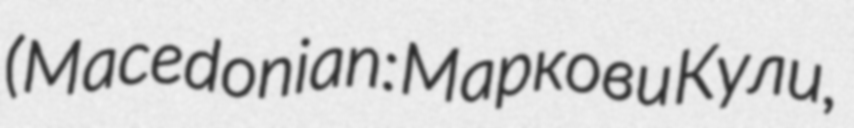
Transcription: (Macedonian: Маркови Кули,